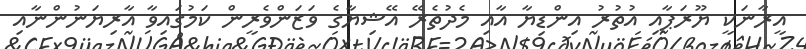
އީރާނަކީ ޔޫރަޕާއި އުތުރު އިންޑިޔާ އާއި މެދުތެރޭ އޭޝިޔާގެ ވަޒަންވެރީން ކަމުގައިވާ އާރިޔަނުންނާއި